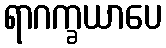
ရာဂက္ခယာပေ